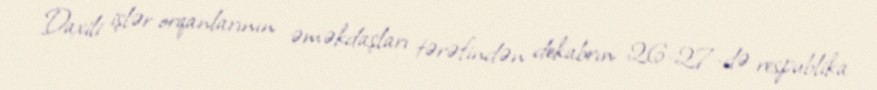
Daxili işlər orqanlarının əməkdaşları tərəfindən dekabrın 26-27-də respublika